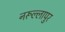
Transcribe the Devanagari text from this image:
नरूल्लापुर